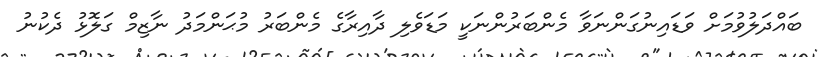
ބައްދަލުވުމަށް ވަޑައިނުގަންނަވާ މެންބަރުންނަކީ މަޑަވެލި ދާއިރާގެ މެންބަރު މުޙަންމަދު ނާޒިމް ގަލޮޅު ދެކުނު